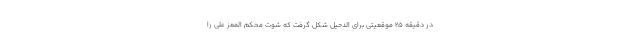
در دقیقه ۲۵ موقعیتی برای الدحیل شکل گرفت که شوت محکم المعز علی را